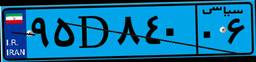
۸۵D۷۶۵۵۲